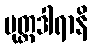
ပုတ္တဒါရာနိ